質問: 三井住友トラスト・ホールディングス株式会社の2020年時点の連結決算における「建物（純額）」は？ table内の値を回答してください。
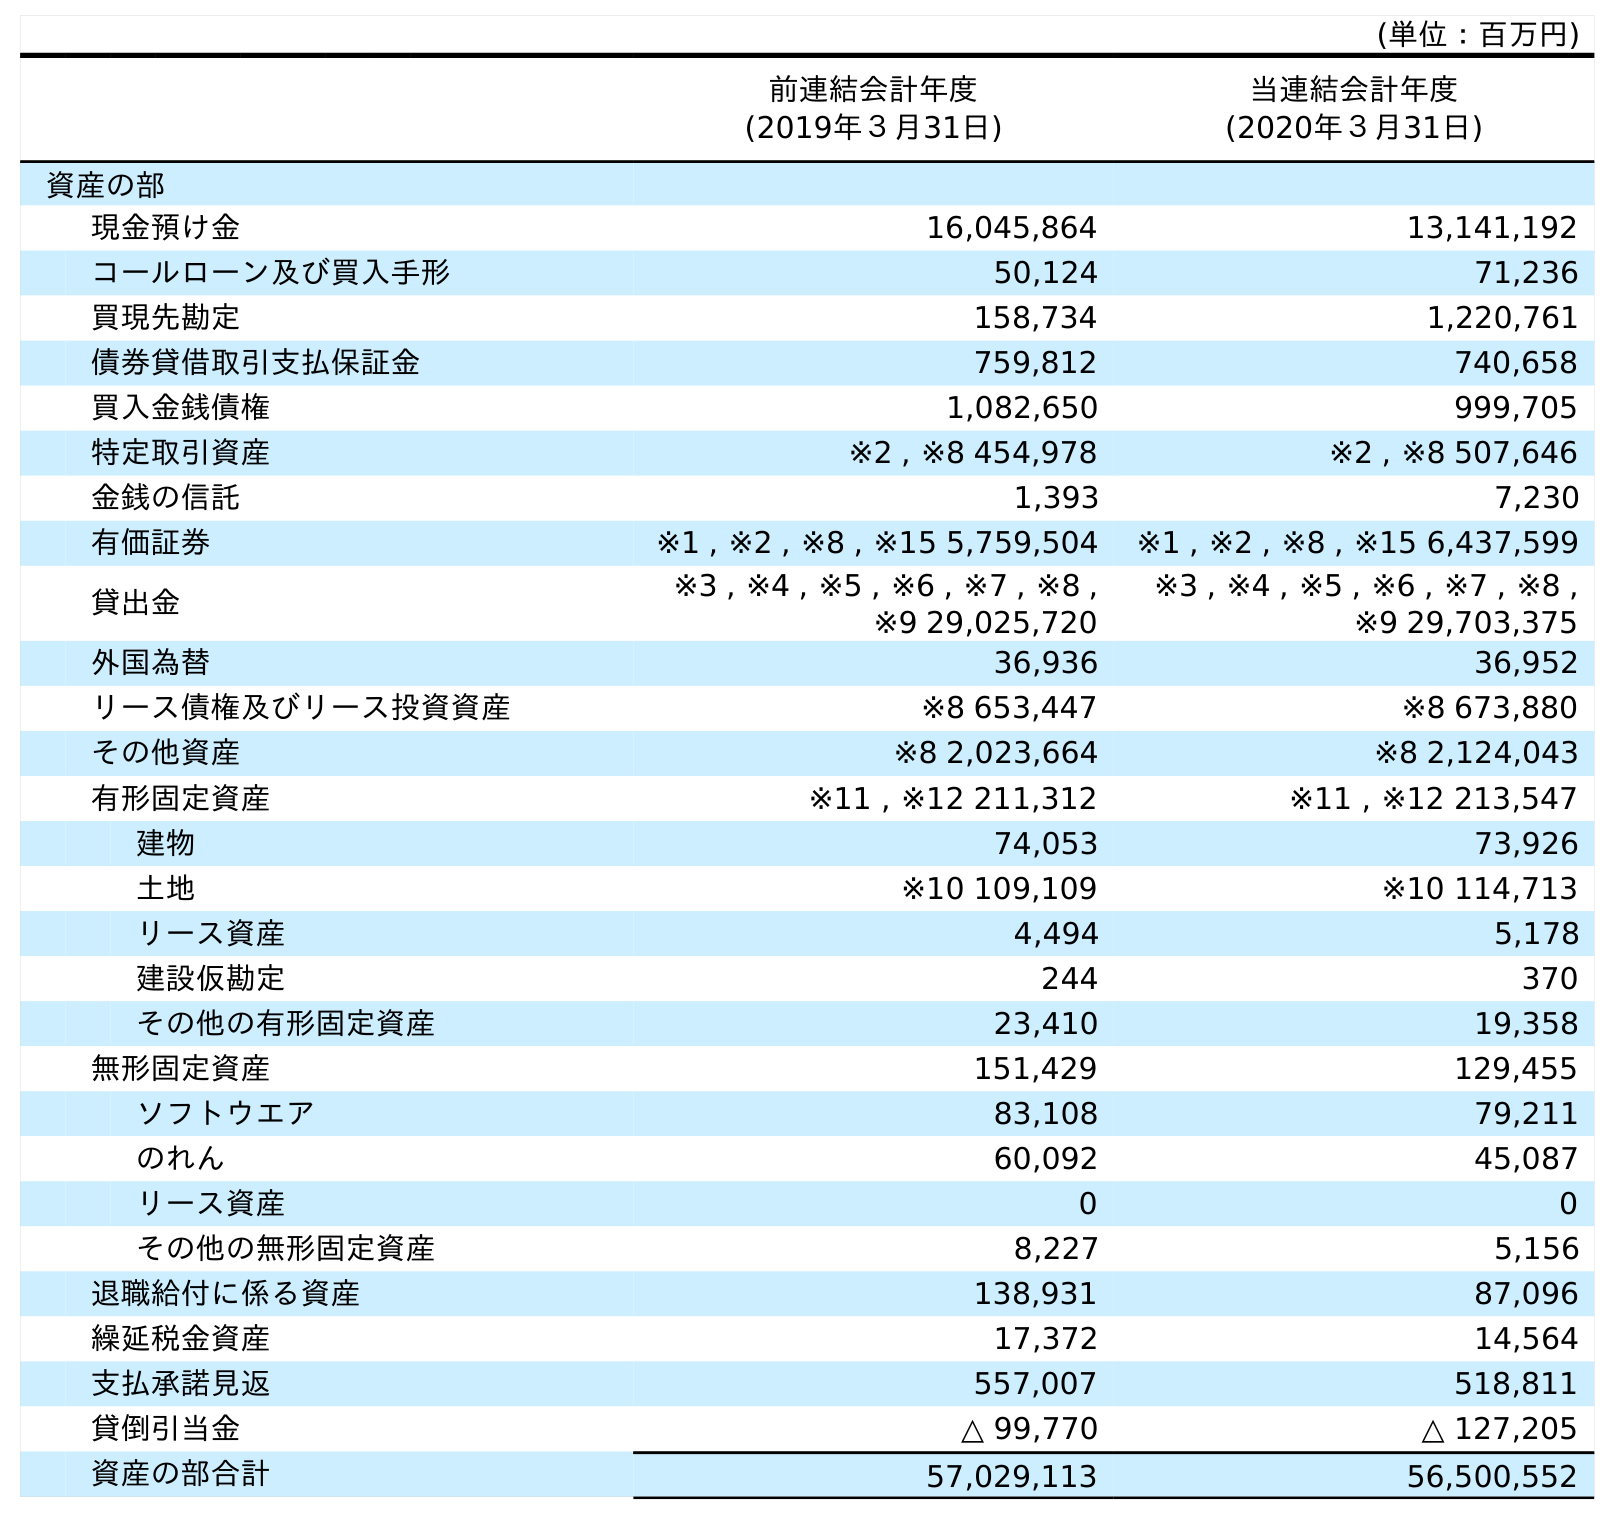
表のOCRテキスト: (単位：百万円) 前連結会計年度 (2019年３月31日) 当連結会計年度 (2020年３月31日) 資産の部 現金預け金 16,045,864 13,141,192 コールローン及び買入手形 50,124 71,236 買現先勘定 158,734 1,220,761 債券貸借取引支払保証金 759,812 740,658 買入金銭債権 1,082,650 999,705 特定取引資産 ※2 , ※8 454,978 ※2 , ※8 507,646 金銭の信託 1,393 7,230 有価証券 ※1 , ※2 , ※8 , ※15 5,759,504 ※1 , ※2 , ※8 , ※15 6,437,599 貸出金 ※3 , ※4 , ※5 , ※6 , ※7 , ※8 , ※9 29,025,720 ※3 , ※4 , ※5 , ※6 , ※7 , ※8 , ※9 29,703,375 外国為替 36,936 36,952 リース債権及びリース投資資産 ※8 653,447 ※8 673,880 その他資産 ※8 2,023,664 ※8 2,124,043 有形固定資産 ※11 , ※12 211,312 ※11 , ※12 213,547 建物 74,053 73,926 土地 ※10 109,109 ※10 114,713 リース資産 4,494 5,178 建設仮勘定 244 370 その他の有形固定資産 23,410 19,358 無形固定資産 151,429 129,455 ソフトウエア 83,108 79,211 のれん 60,092 45,087 リース資産 0 0 その他の無形固定資産 8,227 5,156 退職給付に係る資産 138,931 87,096 繰延税金資産 17,372 14,564 支払承諾見返 557,007 518,811 貸倒引当金 △ 99,770 △ 127,205 資産の部合計 57,029,113 56,500,552
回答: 73,926